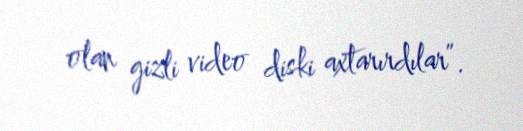
olan gizli video diski axtarırdılar”.